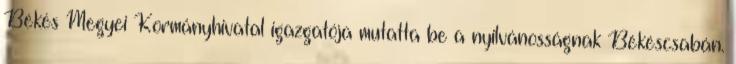
Békés Megyei Kormányhivatal igazgatója mutatta be a nyilvánosságnak Békéscsabán.